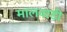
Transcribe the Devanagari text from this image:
मालवाडी